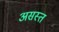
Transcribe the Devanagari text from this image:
असस्त